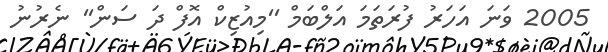
2005 ވަނަ އަހަރު ފުރަތަމަ އަލްބަމް ''މިއުޒިކް އޮފް ދަ ސަން'' ނެރުނު